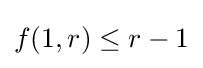
f(1,r)\leq r-1